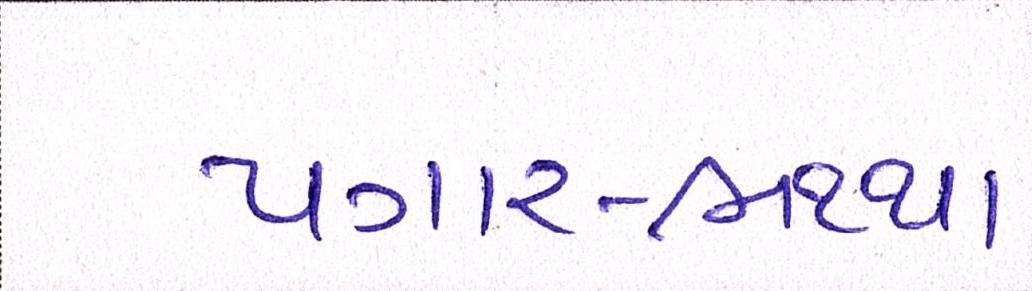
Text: પગાર-ભથ્થા